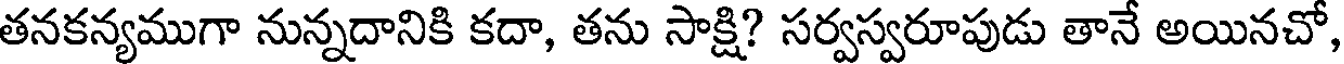
తనకన్యముగా నున్నదానికి కదా, తను సాక్షి? సర్వస్వరూపుడు తానే అయినచో,